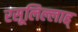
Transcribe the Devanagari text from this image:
रसूलिल्लाह्